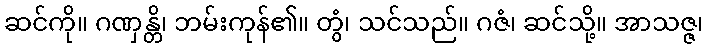
ဆင်ကို။ ဂဏှန္တိ၊ ဘမ်းကုန်၏။ တွံ၊ သင်သည်။ ဂဇံ၊ ဆင်သို့။ အာသဇ္ဇ၊